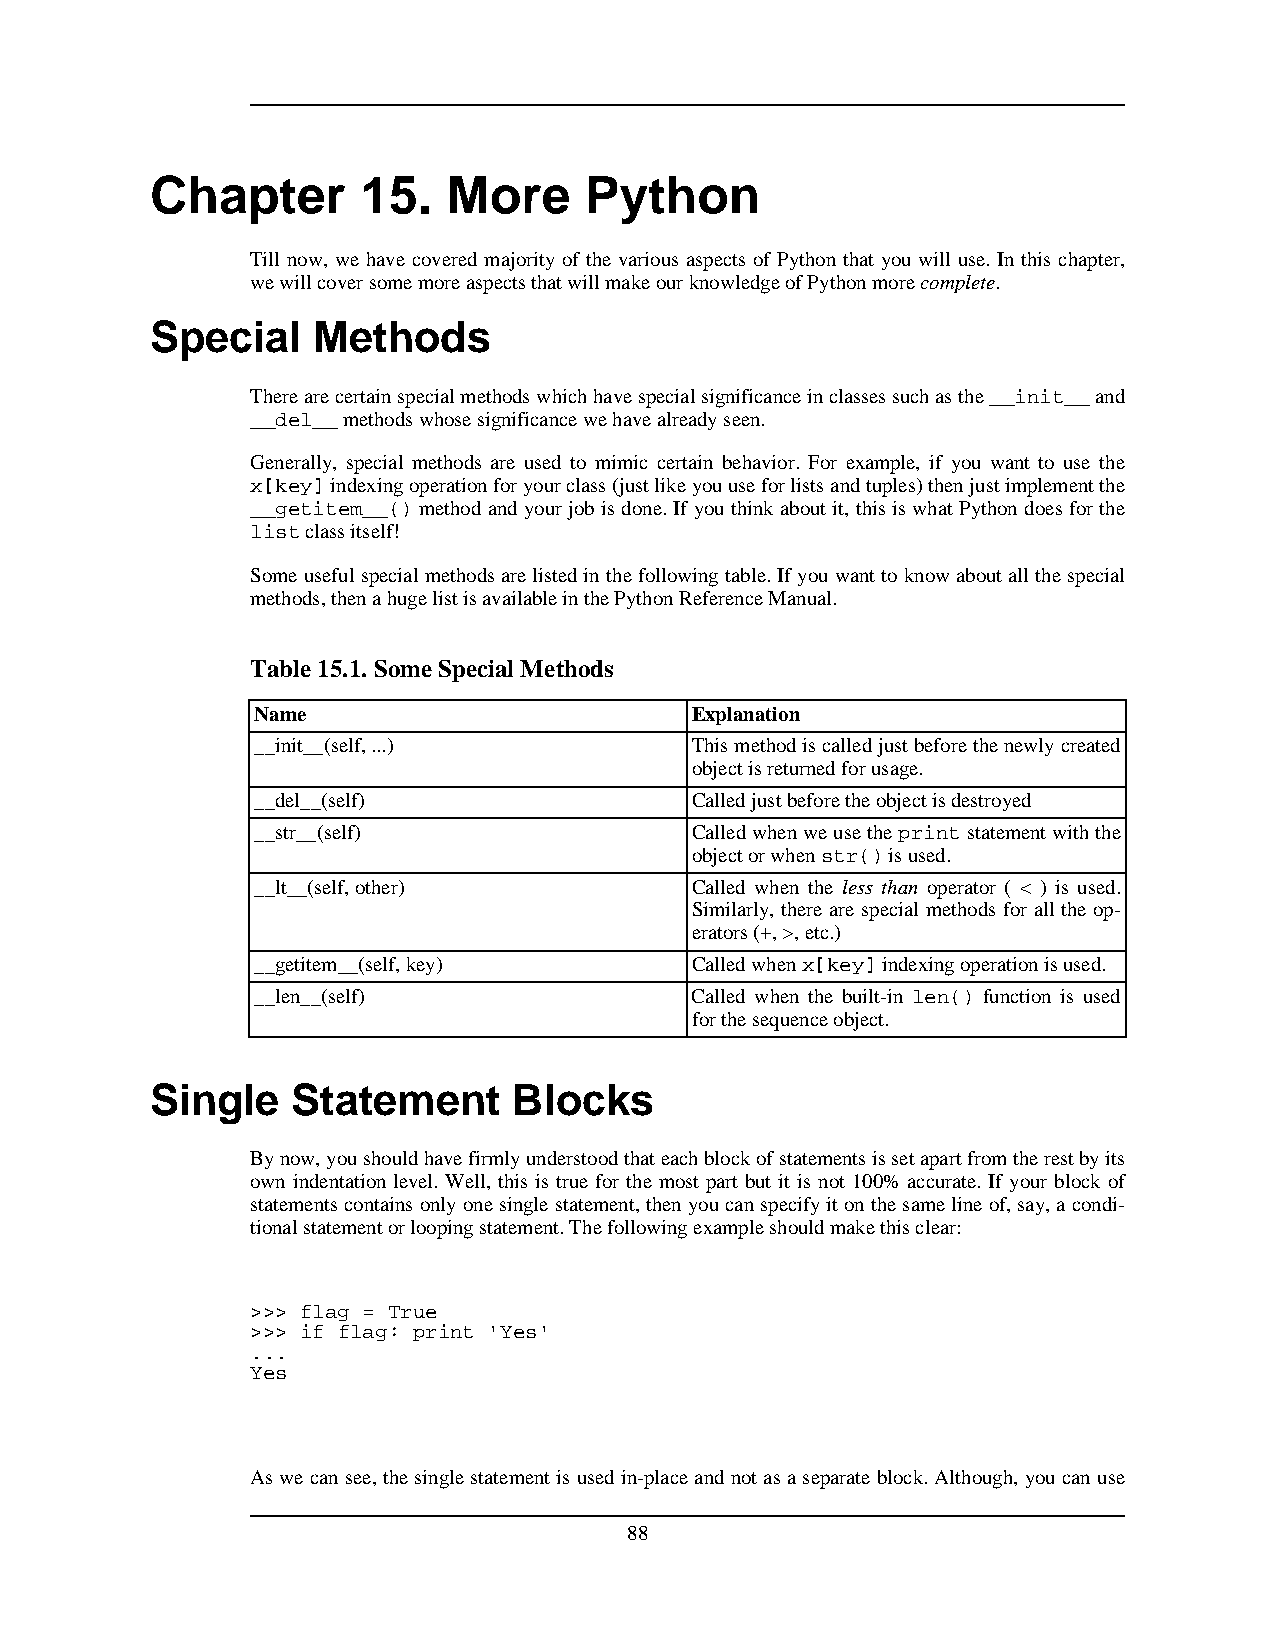
Chapter       15.   More     Python
 Till now, we have covered majority of the various aspects of Python that you will use. In this chapter,
 wewillcoversomemoreaspectsthatwillmakeourknowledgeofPythonmorecomplete.
 Special    Methods
 Therearecertainspecialmethodswhichhavespecialsignificanceinclassessuchasthe__init__and
 __del__methodswhosesignificancewehavealreadyseen.
 Generally, special methods are used to mimic certain behavior. For example, if you want to use the
 x[key]indexingoperationforyourclass(justlikeyouuseforlistsandtuples)thenjustimplementthe
 __getitem__() method and your job is done. If you think about it, this is what Python does for the
 listclassitself!
 Someusefulspecialmethodsarelistedinthefollowingtable.Ifyouwanttoknowaboutallthespecial
 methods,thenahugelistisavailableinthePythonReferenceManual.
 Table15.1.Some SpecialMethods
 Name                         Explanation
 __init__(self,...)           Thismethodiscalledjustbeforethenewlycreated
 objectisreturnedforusage.
 __del__(self)                Calledjustbeforetheobjectisdestroyed
 __str__(self)                Calledwhenweusetheprintstatementwiththe
 objectorwhenstr()isused.
 __lt__(self,other)           Called when the less than operator ( < ) is used.
 Similarly, there are special methods for all the op-
 erators(+,>,etc.)
 __getitem__(self,key)        Calledwhenx[key]indexingoperationisused.
 __len__(self)                Called when the built-in len() function is used
 forthesequenceobject.
 Single   Statement      Blocks
 Bynow,youshouldhavefirmlyunderstoodthateachblockofstatementsissetapartfromtherestbyits
 own indentation level. Well, this is true for the most part but it is not 100% accurate. If your block of
 statementscontainsonlyonesinglestatement,thenyoucanspecifyitonthesamelineof,say,acondi-
 tionalstatementorloopingstatement.Thefollowingexampleshouldmakethisclear:
 >>> flag = True
 >>> if flag: print 'Yes'
 ...
 Yes
 Aswecansee,thesinglestatementisusedin-placeandnotasaseparateblock.Although,youcanuse
 88